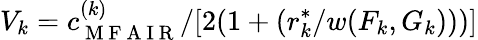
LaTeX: V_{k}=c_{\mathrm{~M~F~A~I~R~}}^{(k)}/[2(1+(r_{k}^{\ast}/w(F_{k},G_{k})))]